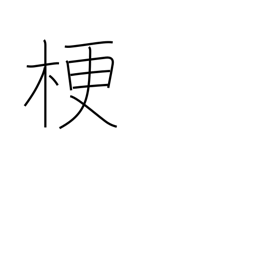
Meaning: close up